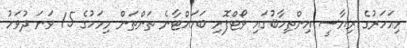
މިއަހަރުގެ ރިޔާސީ އިންތިހާބުގައި ވޯޓްފޮށި ބަހައްޓާނެ ތަންތަން މިމަހުގެ 15 ވަނަ ދުވަހު